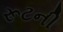
રૂટની